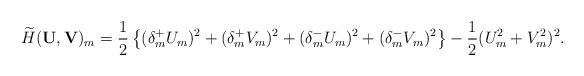
LaTeX: \begin{align*}\widetilde{H}(\mathbf U,\mathbf V)_m=\frac{1}2\left\{(\delta_m^+U_{m})^2+(\delta_m^+V_{m})^2+(\delta_m^-U_{m})^2+(\delta_m^-V_{m})^2\right\}-\frac{1}2(U_{m}^2+V_{m}^2)^2.\end{align*}